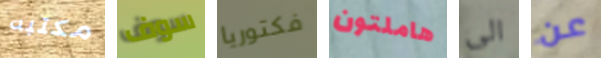
مكتبه سوف فكتوريا هاملتون الى عن